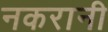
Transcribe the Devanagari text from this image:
नकरानी